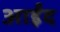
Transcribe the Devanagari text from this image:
आईंद